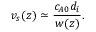
v _ { s } ( z ) \simeq \frac { c _ { A 0 } d _ { i } } { w ( z ) } .